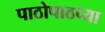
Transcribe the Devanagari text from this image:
पाठोपाठच्या